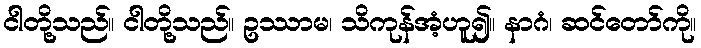
ငါတို့သည်။ ငါတို့သည်။ ဥဿာမ၊ သိကုန်အံ့ဟူ၍။ နာဂံ၊ ဆင်တော်ကို။